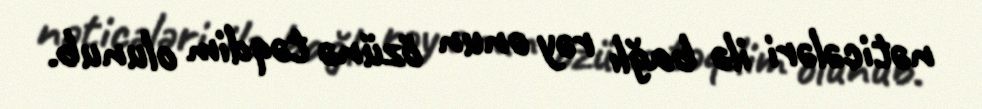
nəticələri ilə bağlı rəy onun özünə təqdim olunub.